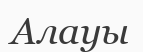
Алауы